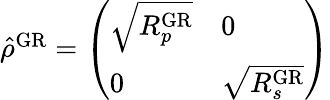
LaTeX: \begin{array}{r}{\hat{\rho}^{\mathrm{GR}}=\left(\begin{array}{ll}{\sqrt{R_{p}^{\mathrm{GR}}}}&{0}\\ {0}&{\sqrt{R_{s}^{\mathrm{GR}}}}\end{array}\right)}\end{array}